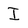
Character: I